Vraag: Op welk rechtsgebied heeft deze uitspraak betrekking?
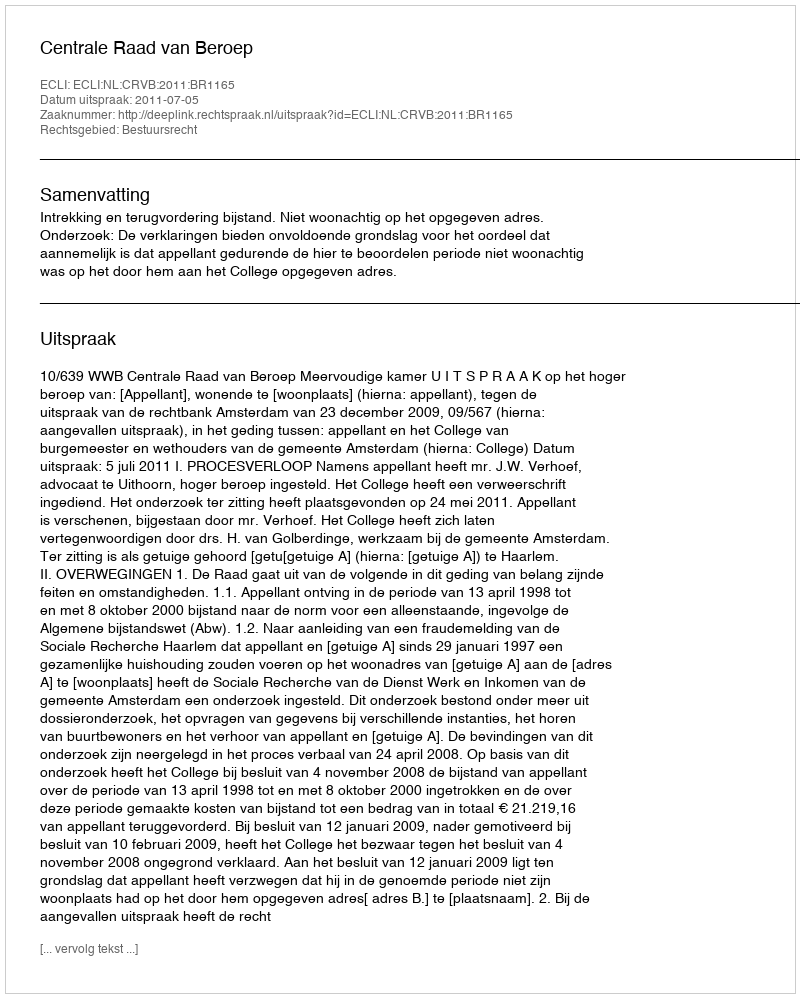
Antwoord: Bestuursrecht